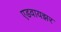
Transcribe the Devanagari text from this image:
एडवायझर